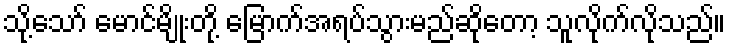
သို့သော် မောင်မျိုးတို့ မြောက်အရပ်သွားမည်ဆိုတော့ သူလိုက်လိုသည်။